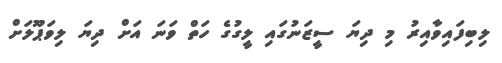
ލިބިފައިވާއިރު މި ދިޔަ ސީޒަނުގައި ލީގުގެ ހަތް ވަނަ އަށް ދިޔަ ލިވަޕޫލަށް